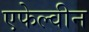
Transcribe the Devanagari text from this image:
एफेल्वीन